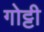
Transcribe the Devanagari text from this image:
गोट्टी